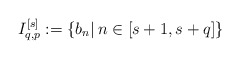
\begin{align*}I^{[s]}_{q,p} := \{b_n|\, n\in [s+1, s+q] \}\end{align*}